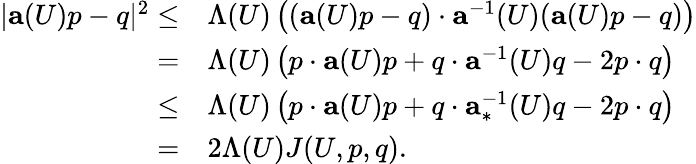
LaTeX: \begin{array}{rl}{|\mathbf{a}(U)p-q|^{2}\leq}&{\Lambda(U)\left((\mathbf{a}(U)p-q)\cdot\mathbf{a}^{-1}(U)(\mathbf{a}(U)p-q)\right)}\\ {=}&{\Lambda(U)\left(p\cdot\mathbf{a}(U)p+q\cdot\mathbf{a}^{-1}(U)q-2p\cdot q\right)}\\ {\leq}&{\Lambda(U)\left(p\cdot\mathbf{a}(U)p+q\cdot\mathbf{a}_{*}^{-1}(U)q-2p\cdot q\right)}\\ {=}&{2\Lambda(U)J(U,p,q).}\end{array}